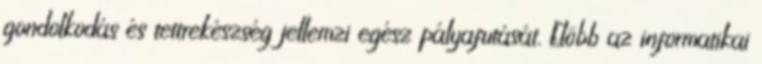
gondolkodás és tettrekészség jellemzi egész pályafutását. Elôbb az informatikai